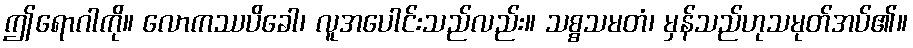
ဤရောဂါကို။ လောကဿပိခေါ၊ လူအပေါင်းသည်လည်း။ သစ္စသမတံ၊ မှန်သည်ဟုသမုတ်အပ်၏။